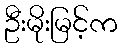
ဦးမိုးမြင့်က